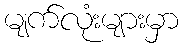
မျက်လုံးများမှာ